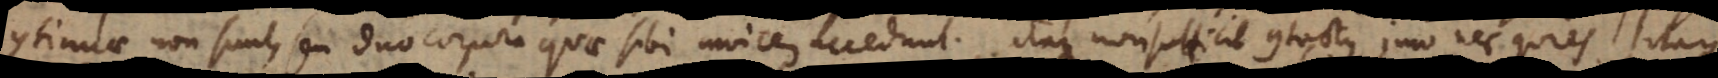
continuae non sunt, seu duo corpora quae sibi invicem accedunt. Itaque non sufficit contactus, imo nec quies.